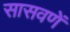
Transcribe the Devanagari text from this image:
सासवणें